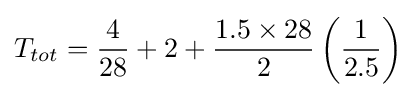
T_{tot}={\frac {4}{28}}+2+{\frac {1.5\times 28}{2}}\left({\frac {1}{2.5}}\right)